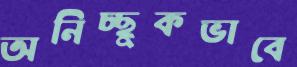
অনিচ্ছুকভাবে